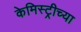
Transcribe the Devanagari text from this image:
केमिस्ट्रीच्या